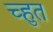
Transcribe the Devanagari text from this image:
च्हुत